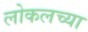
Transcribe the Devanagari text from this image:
लोकलच्या